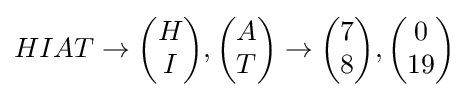
HIAT\to {\begin{pmatrix}H\\I\end{pmatrix}},{\begin{pmatrix}A\\T\end{pmatrix}}\to {\begin{pmatrix}7\\8\end{pmatrix}},{\begin{pmatrix}0\\19\end{pmatrix}}